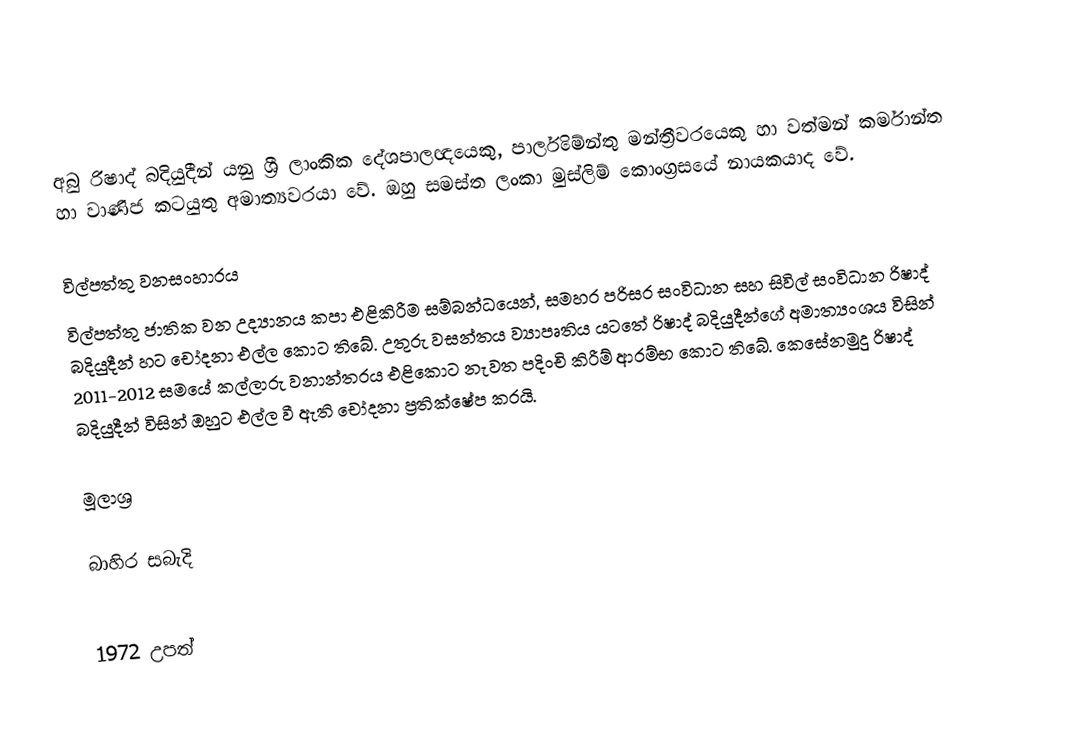
අබු රිෂාද් බදියුදීන් යනු ශ්‍රී ලාංකික දේශපාලඥයෙකු, පාර්ලිමේන්තු මන්ත්‍රීවරයෙකු හා වත්මන් කර්මාන්ත හා වාණිජ කටයුතු අමාත්‍යවරයා වේ. ඔහු සමස්ත ලංකා මුස්ලිම් කොංග්‍රසයේ නායකයාද වේ.

විල්පත්තු වනසංහාරය
විල්පත්තු ජාතික වන උද්‍යානය කපා එළිකිරීම සම්බන්ධයෙන්, සමහර පරිසර සංවිධාන සහ සිවිල් සංවිධාන රිෂාද් බදියුදීන් හට චෝදනා එල්ල කොට තිබේ. උතුරු වසන්තය ව්‍යාපෘතිය යටතේ රිෂාද් බදියුදීන්ගේ අමාත්‍යංශය විසින් 2011-2012 සමයේ කල්ලාරු වනාන්තරය එළිකොට නැවත පදිංචි කිරීම් ආරම්භ කොට තිබේ. කෙසේනමුදු රිෂාද් බදියුදීන් විසින් ඔහුට එල්ල වී ඇති චෝදනා ප්‍රතික්ෂේප කරයි.

මූලාශ්‍ර

බාහිර සබැදි

1972 උපත්